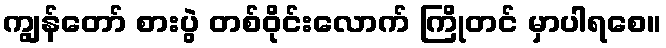
ကျွန်တော် စားပွဲ တစ်ဝိုင်းလောက် ကြိုတင် မှာပါရစေ။